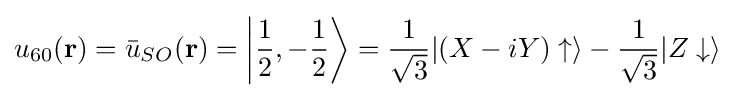
u_{60}(\mathbf {r} )={\bar {u}}_{SO}(\mathbf {r} )=\left|{\frac {1}{2}},-{\frac {1}{2}}\right\rangle ={\frac {1}{\sqrt {3}}}|(X-iY)\uparrow \rangle -{\frac {1}{\sqrt {3}}}|Z\downarrow \rangle